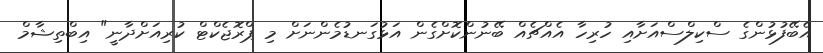
އެބޭފުޅުންގެ ސްކިލްސްއަށާއި ހުރިހާ އެއްޗެއް ބޭނުންކޮށްގެން އަޅުގަނޑުމެންނަށް މި ޕްރޮޖެކްޓް ކުރިއަށްދާނީ" އިބްތިޝާމް